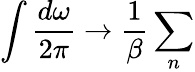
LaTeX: \int\frac{d\omega}{2\pi}\rightarrow\frac{1}{\beta}\sum_{n}